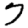
Digit: 7